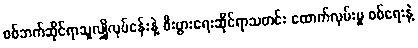
စစ်ဘက်ဆိုင်ရာသူလျှိုလုပ်ငန်းနဲ့ စီးပွားရေးဆိုင်ရာသတင်း ထောက်လှမ်းမှု စစ်ရေးနဲ့